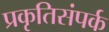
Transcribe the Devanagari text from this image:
प्रकृतिसंपर्क